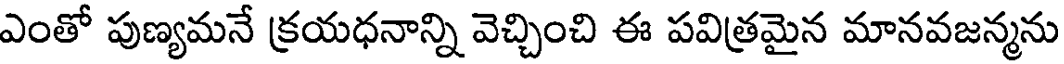
ఎంతో పుణ్యమనే క్రయధనాన్ని వెచ్చించి ఈ పవిత్రమైన మానవజన్మను